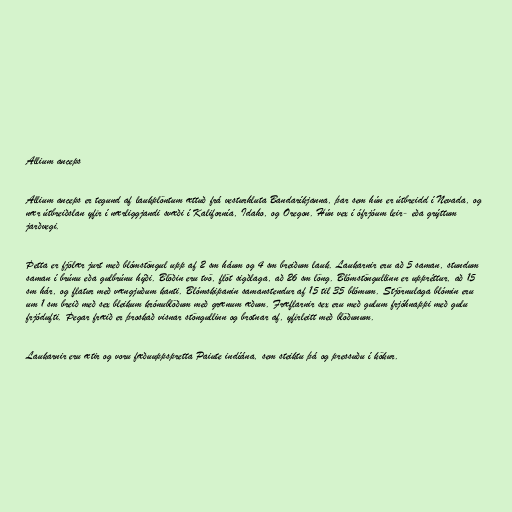
Allium anceps

Allium anceps er tegund af laukplöntum ættuð frá vesturhluta Bandaríkjanna, þar sem hún er útbreidd í Nevada, og
nær útbreiðslan yfir í nærliggjandi svæði í Kalifornía, Idaho, og Oregon. Hún vex í ófrjóum leir- eða grýttum
jarðvegi.

Þetta er fjölær jurt með blómstöngul upp af 2 sm háum og 4 sm breiðum lauk. Laukarnir eru að 5 saman, stundum
saman í brúnu eða gulbrúnu hýði. Blöðin eru tvö, flöt sigðlaga, að 26 sm löng. Blómstöngullinn er uppréttur, að 15
sm hár, og flatur með vængjuðum kanti. Blómskipanin samanstendur af 15 til 35 blómum. Stjörnulaga blómin eru
um 1 sm breið með sex bleikum krónublöðum með grænum æðum. Fræflarnir sex eru með gulum frjóhnappi með gulu
frjódufti. Þegar fræið er þroskað visnar stöngullinn og brotnar af, yfirleitt með blöðunum.

Laukarnir eru ætir og voru fæðuuppspretta Paiute indíána, sem steiktu þá og pressuðu í kökur.